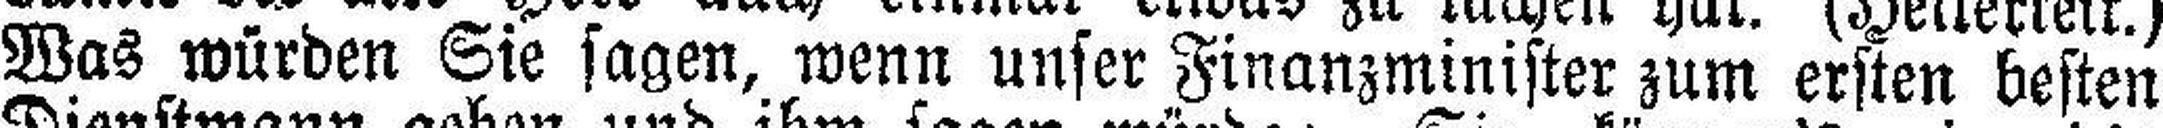
Was würden Sie sagen, wenn unser Finanzminister zum ersten besten